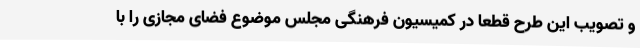
و تصویب این طرح قطعا در کمیسیون فرهنگی مجلس موضوع فضای مجازی را با